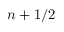
n + 1 / 2